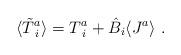
LaTeX: \begin{align*}\langle \tilde{T}^{a}_{\;i} \rangle = T^{a}_{\;i} + \hat{B}_i \langle J^{a} \rangle~.\end{align*}